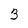
Character: 3